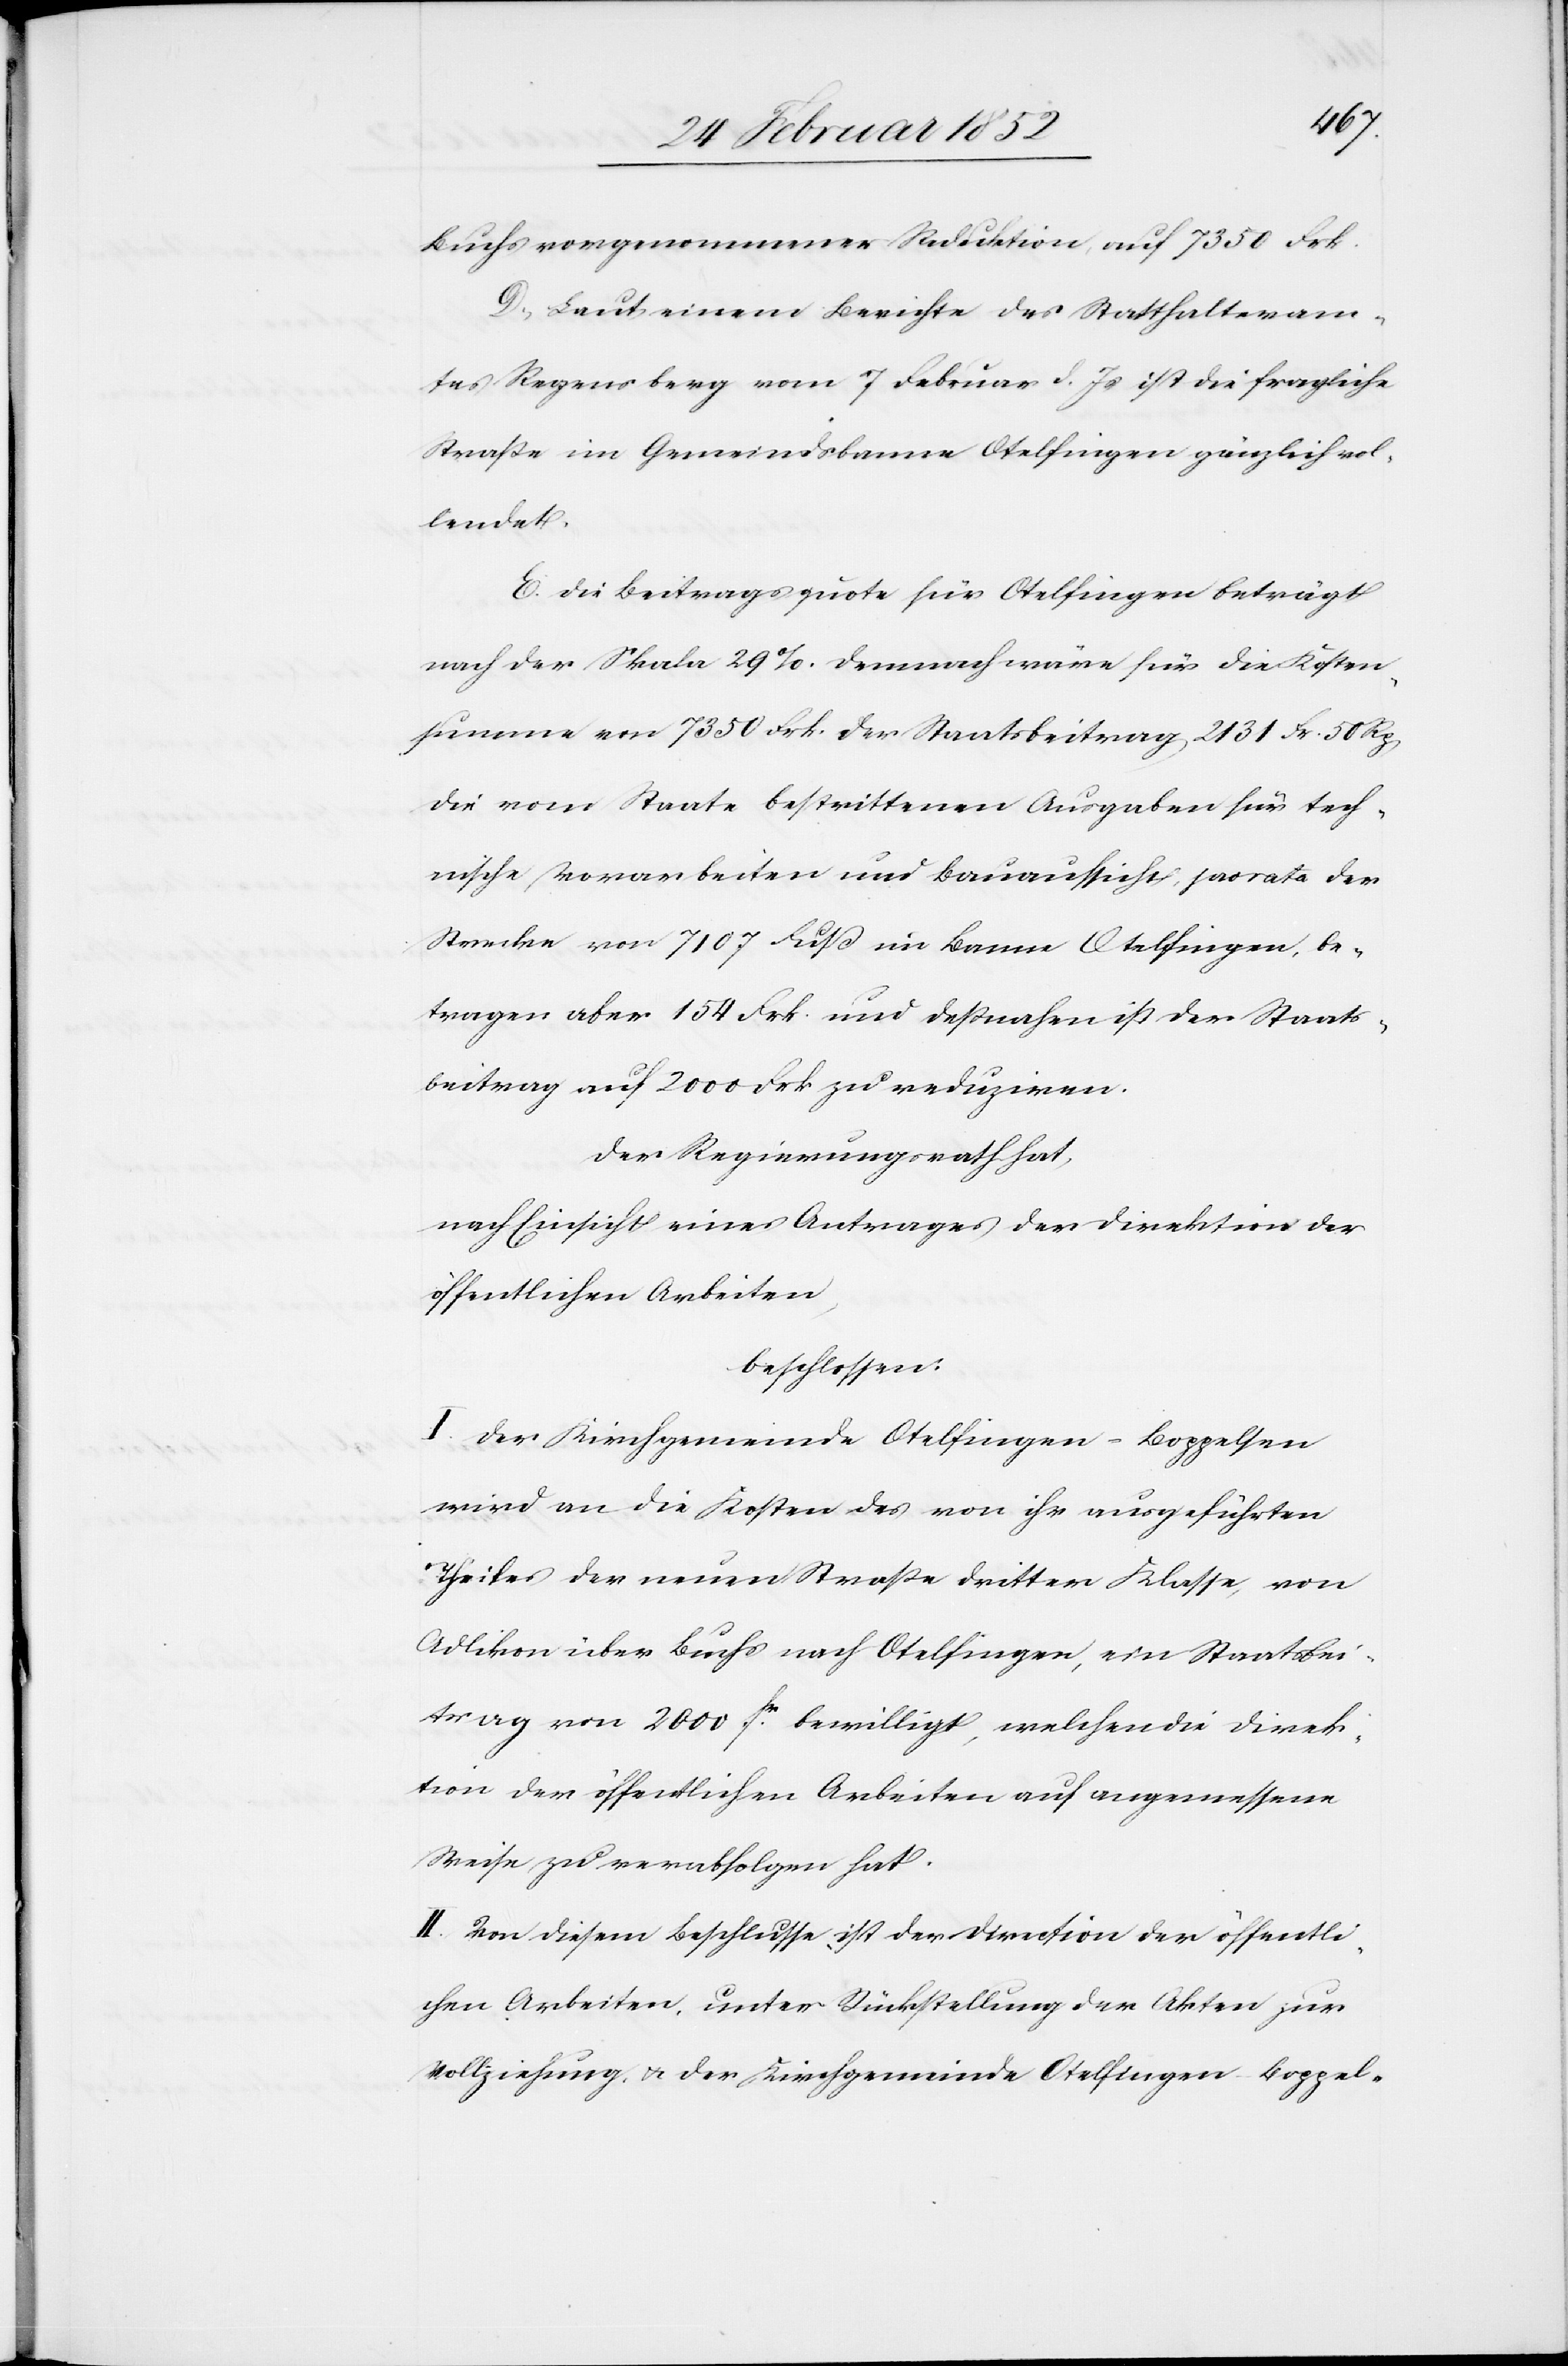
Buchs vorgenommener Reduktion auf 7350 Frk.
D.) Laut einem Berichte des Statthalteram¬
tes Regensperg vom 7 Februar d. Js ist die fragliche
Straße im Gemeindbanne Otelfingen gänzlich vol¬
lendet.
E. Die Beitragsquote für Otelfingen beträgt
nach der Skala 29%. Demnach wäre für die Kosten¬
summe von 7350 Frk. der Staatsbeitrage 2131 Fr. 50 Rp
die vom Staate bestrittenen Ausgaben für tech¬
nische Vorarbeiten und Bauaufsicht pro rata der
Strecke von 7107 Fuß im Bann Otelfingen, be¬
tragen aber 154 Frk. und deßnahen ist der Staats¬
beitrag auf 2000 Frk. zu reduziren.
Der Regierungsrath hat,
nach Einsicht eines Antrages der Direktion der
öffentlichen Arbeiten,
beschlossen.
I. Der Kirchgemeinde Otelfingen-Boppelsen
wird an die Kosten des von ihr ausgeführten
Theiles der neuen Straße dritter Klasse, von
Adlikon über Buchs nach Otelfingen, ein Staatsbei¬
trag von 2000 fr. bewilligt, welchen die Direk¬
tion der öffentlichen Arbeiten auf angemessene
Weise zu verabfolgen hat.
II. Von diesem Beschlusse ist der Direction der öffentli¬
chen Arbeiten, unter Rückstellung der Akten zur
Vollziehung u. der Kirchgemeinde Otelfingen-Boppel-